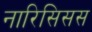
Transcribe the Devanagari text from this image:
नारिसिसस